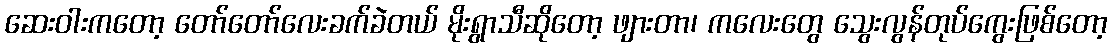
ဆေးဝါးကတော့ တော်တော်လေးခက်ခဲတယ် မိုးရွာသီဆိုတော့ ဖျားတာ၊ ကလေးတွေ သွေးလွန်တုပ်ကွေးဖြစ်တော့